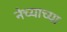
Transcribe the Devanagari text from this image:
नेच्याच्या